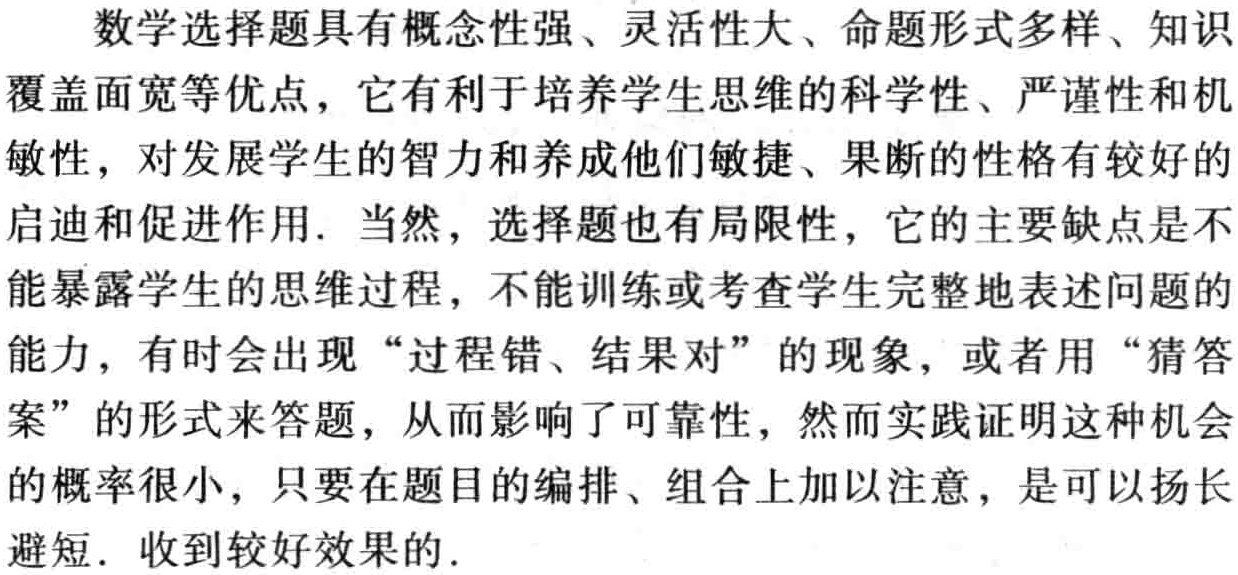
数学选择题具有概念性强、灵活性大、命题形式多样、知识覆盖面宽等优点，它有利于培养学生思维的科学性、严谨性和机敏性，对发展学生的智力和养成他们敏捷、果断的性格有较好的启迪和促进作用. 当然，选择题也有局限性，它的主要缺点是不能暴露学生的思维过程，不能训练或考查学生完整地表述问题的能力，有时会出现“过程错、结果对”的现象，或者用“猜答案”的形式来答题，从而影响了可靠性，然而实践证明这种机会的概率很小，只要在题目的编排、组合上加以注意，是可以扬长避短. 收到较好效果的.